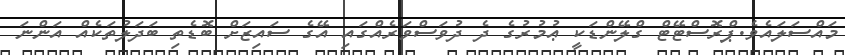
މައްސަލައެވެ.ޕްރޮސްޓޭޓް ގްލޭންޑަކީ ޢުމުރުގެ ދެ ދުވަސްވަރެއްގައި އޭގެ ސައިޒަށް ބޮޑެތި ބަދަލުތަކެއް އަންނަ